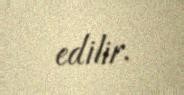
edilir.